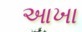
આખા